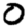
Digit: 0